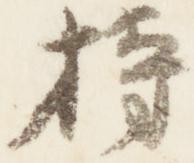
持